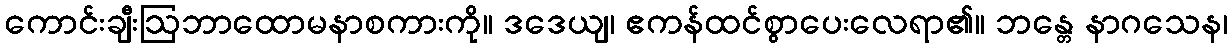
ကောင်းချီးဩဘာထောမနာစကားကို။ ဒဒေယျ၊ ဧကန်ထင်စွာပေးလေရာ၏။ ဘန္တေ နာဂသေန၊